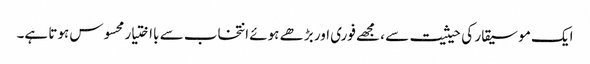
ایک موسیقار کی حیثیت سے ، مجھے فوری اور بڑھے ہوئے انتخاب سے بااختیار محسوس ہوتا ہے۔